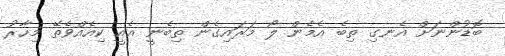
ބޮޑުންނަށް އެނގި ތިބެ އެމެން ލޯ މަރައިގެން ތިބެނީ އެއީ ކިއެއްވެތޭ މިހާރު